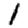
Digit: 1